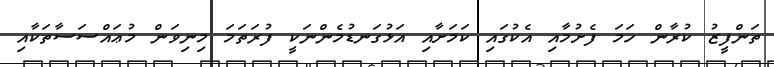
ތަންފީޒު ކުރާން ހަމަ ފެށުމާއި އެކުގައި ކަމަށާއި އަޅުގަނޑުމެންނަކީ ފުރަތަމަ މިނިވަން މުޢައްސަސާތަކާއި